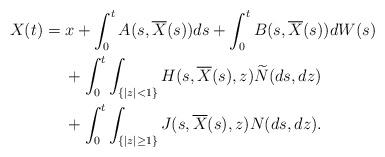
LaTeX: \begin{align*} X(t)&= x+\int_0^t A(s,\overline{X}(s))ds+\int_0^t B(s,\overline{X}(s))dW(s) \\ &\quad\ +\int_0^t \int_{\{|z|<1\}} H(s,\overline{X}(s),z)\widetilde{N}(ds,dz)\\&\quad\ +\int_0^t\int_{\{|z|\ge1\}} J(s,\overline{X}(s),z)N(ds,dz).\end{align*}